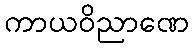
ကာယဝိညာဏေ